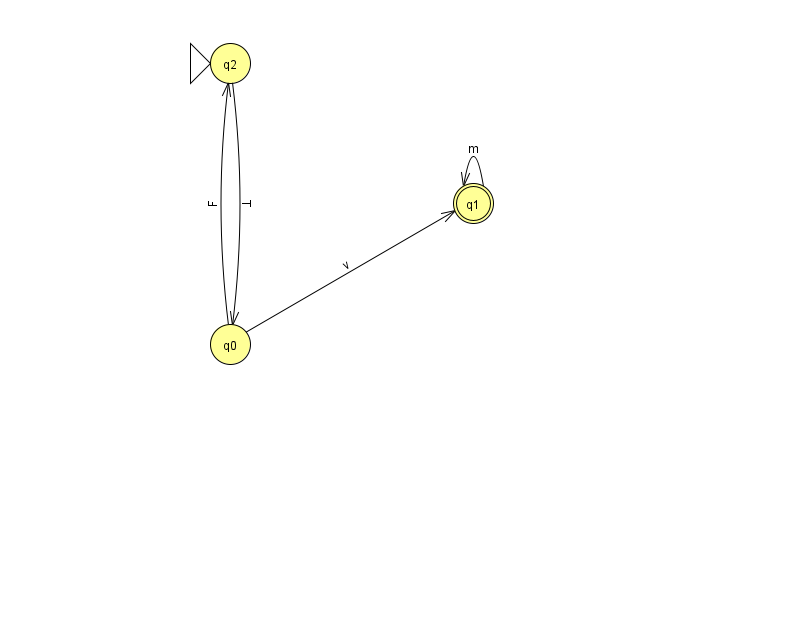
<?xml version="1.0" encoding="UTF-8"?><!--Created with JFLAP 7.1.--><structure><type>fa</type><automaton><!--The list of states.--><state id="0" name="q0"><x>230.0</x><y>331.0</y></state><state id="1" name="q1"><x>473.0</x><y>190.0</y><final/></state><state id="2" name="q2"><x>230.0</x><y>50.0</y><initial/></state><!--The list of transitions.--><transition><from>2</from><to>0</to><read>T</read></transition><transition><from>0</from><to>2</to><read>F</read></transition><transition><from>0</from><to>1</to><read>v</read></transition><transition><from>1</from><to>1</to><read>m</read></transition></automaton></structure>